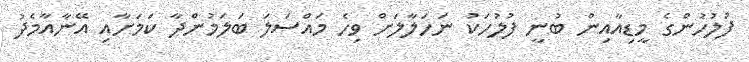
ފުލުހުންގެ މީޑިއާއިން ބުނީ ފުލުހަކު ނަހަލާލަށް ވިހެ މައްސަލަ ބަލަމުންދާ ކަމަށާއި އޭނާއާމެދު